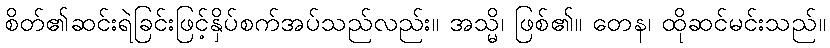
စိတ်၏ဆင်းရဲခြင်းဖြင့်နှိပ်စက်အပ်သည်လည်း။ အသ္မိ၊ ဖြစ်၏။ တေန၊ ထိုဆင်မင်းသည်။